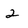
Character: 2